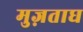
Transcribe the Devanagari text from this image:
मुज़ताघ